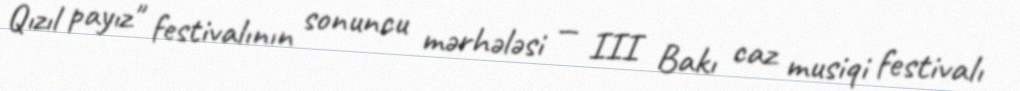
Qızıl payız" festivalının sonuncu mərhələsi — III Bakı caz musiqi festivalı